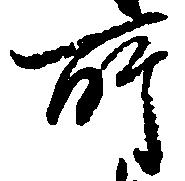
所